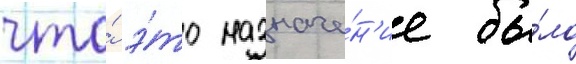
что́ э́то назначе́н'ие бы́ло